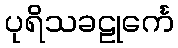
ပုရိသခဠုင်္ကေ